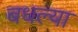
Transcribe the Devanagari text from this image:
बधल्या